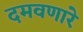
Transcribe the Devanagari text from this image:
दमवणारे